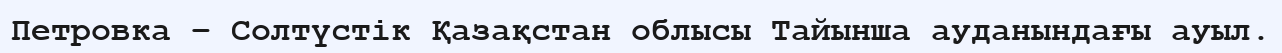
Петровка – Солтүстік Қазақстан облысы Тайынша ауданындағы ауыл.